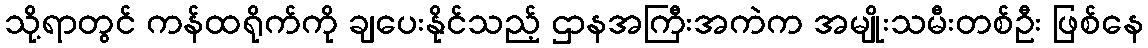
သို့ရာတွင် ကန်ထရိုက်ကို ချပေးနိုင်သည့် ဌာနအကြီးအကဲက အမျိုးသမီးတစ်ဦး ဖြစ်နေ